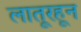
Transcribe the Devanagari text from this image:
लातूरहून